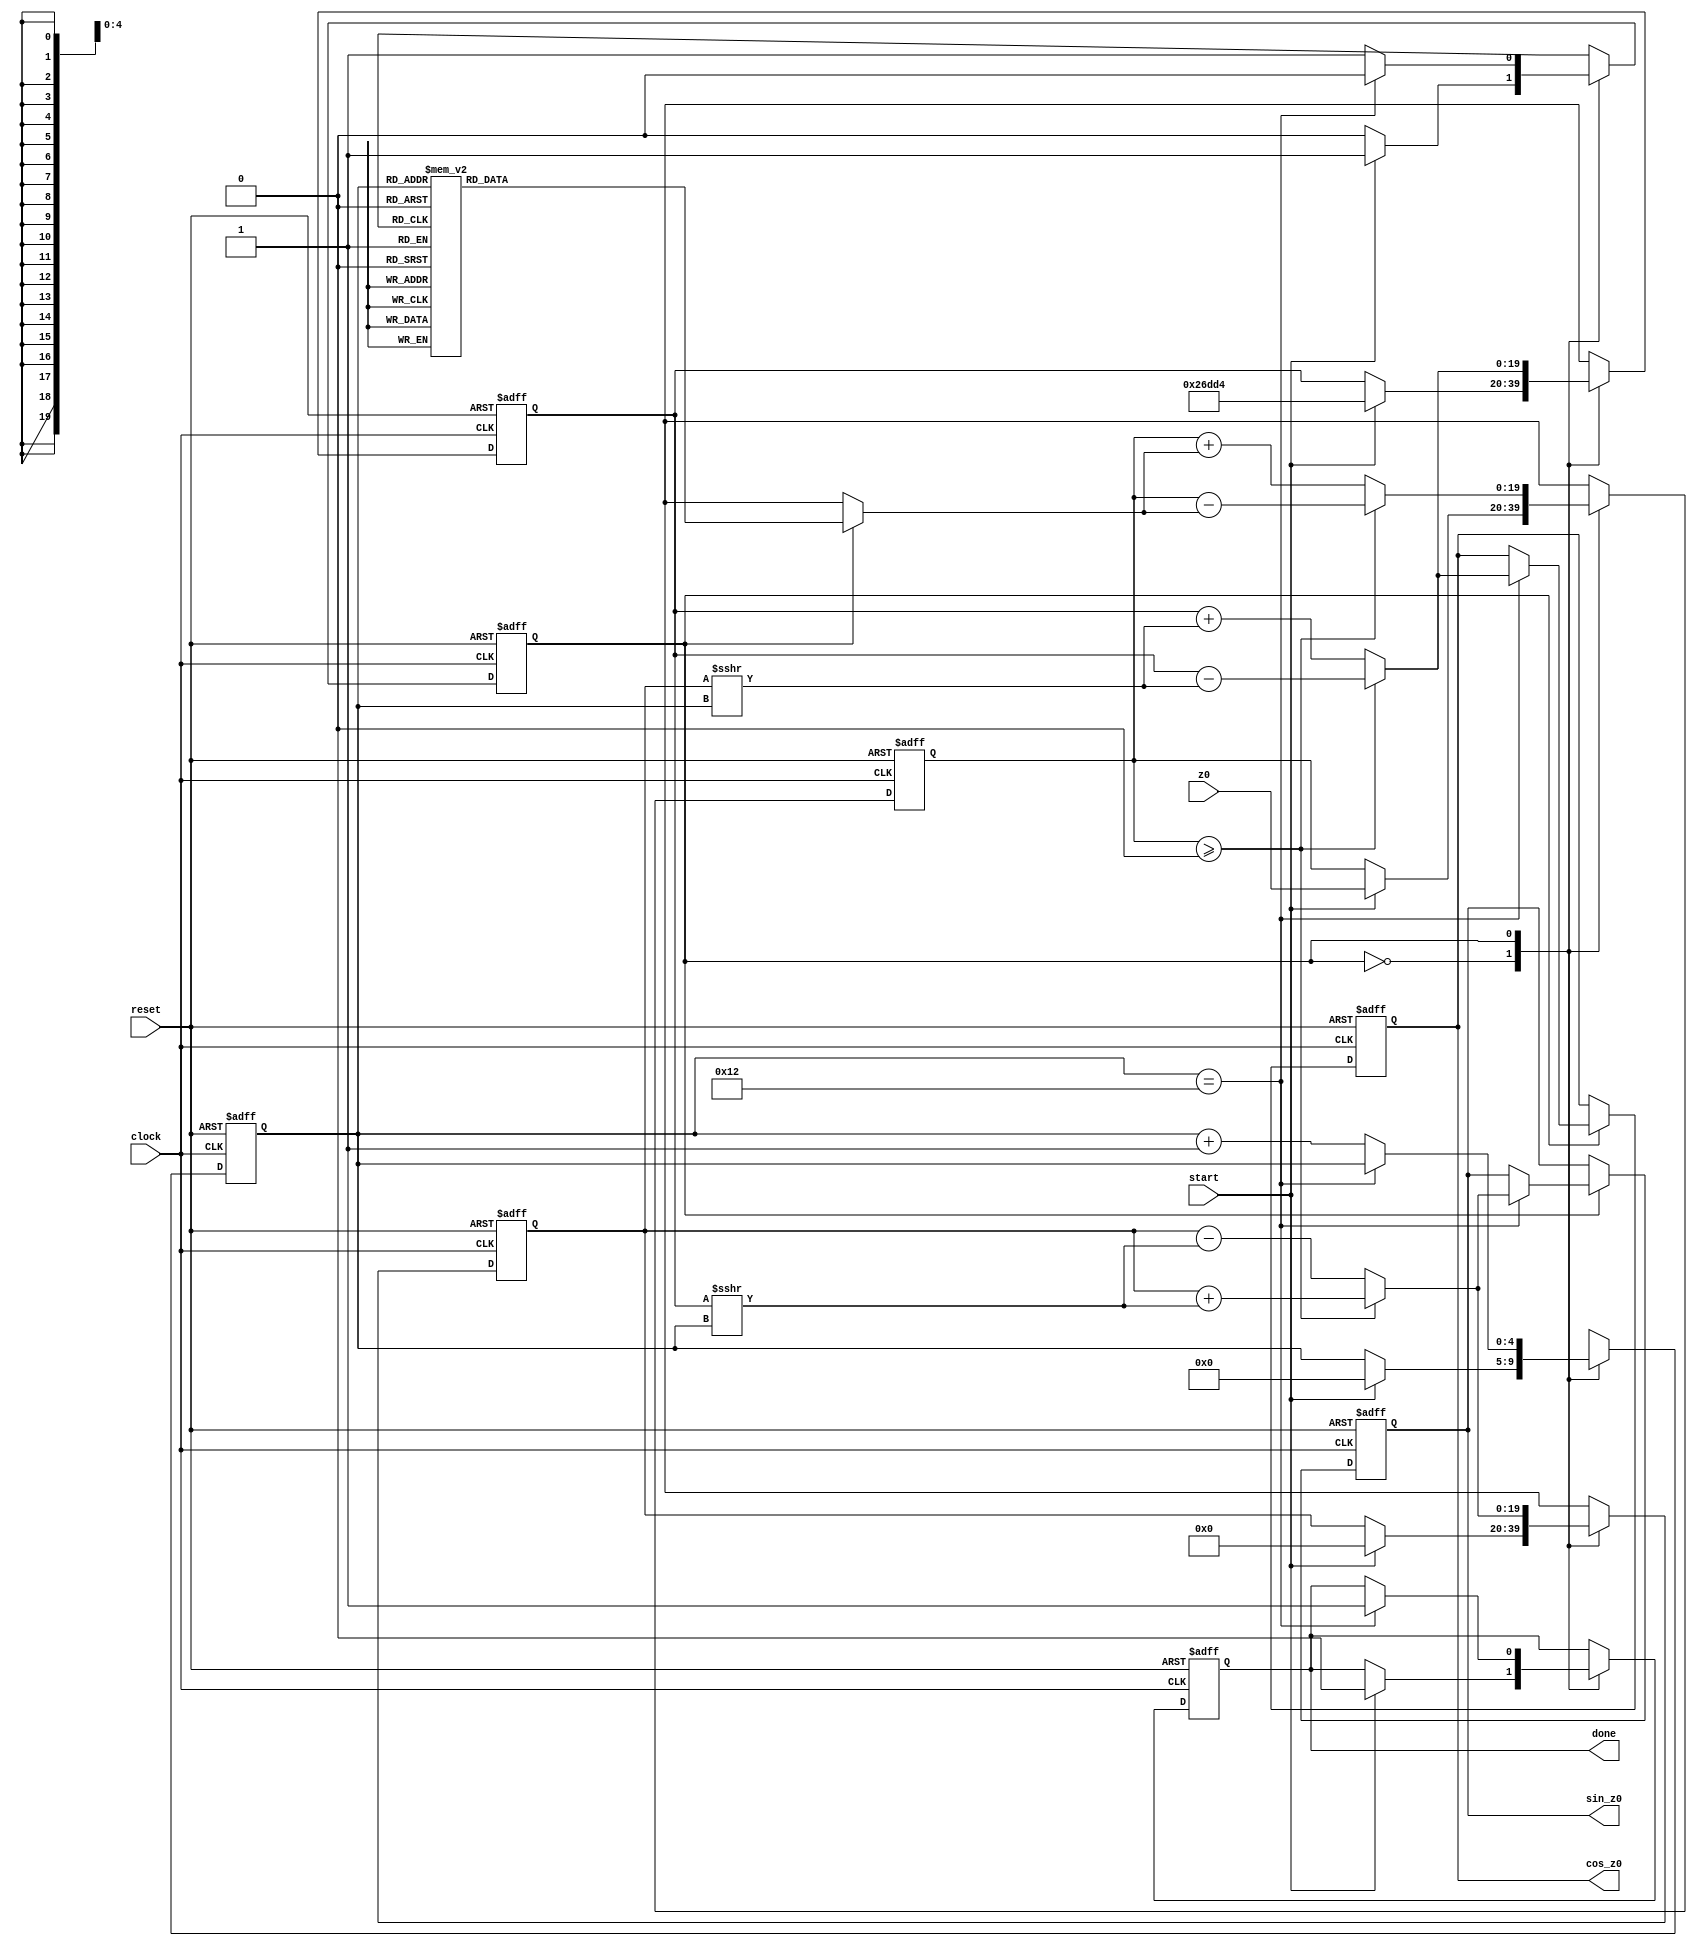
// Generated by MyHDL 0.8


module d (
    cos_z0,
    sin_z0,
    done,
    z0,
    start,
    clock,
    reset
);
// Sine and cosine computer.
//
// This module computes the sine and cosine of an input angle. The
// floating point numbers are represented as integers by scaling them
// up with a factor corresponding to the number of bits after the point.
//
// Ports:
// -----
// cos_z0: cosine of the input angle
// sin_z0: sine of the input angle
// done: output flag indicated completion of the computation
// z0: input angle
// start: input that starts the computation on a posedge
// clock: clock input
// reset: reset input

output signed [19:0] cos_z0;
reg signed [19:0] cos_z0;
output signed [19:0] sin_z0;
reg signed [19:0] sin_z0;
output done;
reg done;
input signed [19:0] z0;
input start;
input clock;
input reset;

(* gentb_constant = 1'b0 *)
wire reset;

always @(posedge clock, posedge reset) begin: DESIGN_PROCESSOR
    reg [5-1:0] i;
    reg [1-1:0] state;
    reg signed [20-1:0] dz;
    reg signed [20-1:0] dx;
    reg signed [20-1:0] dy;
    reg signed [20-1:0] y;
    reg signed [20-1:0] x;
    reg signed [20-1:0] z;
    if (reset) begin
        state = 1'b0;
        cos_z0 <= 1;
        sin_z0 <= 0;
        done <= 1'b0;
        x = 0;
        y = 0;
        z = 0;
        i = 0;
    end
    else begin
        case (state)
            1'b0: begin
                if (start) begin
                    x = 159188;
                    y = 0;
                    z = z0;
                    i = 0;
                    done <= 1'b0;
                    state = 1'b1;
                end
            end
            1'b1: begin
                dx = $signed(y >>> $signed({1'b0, i}));
                dy = $signed(x >>> $signed({1'b0, i}));
                case (i)
                    0: dz = 205887;
                    1: dz = 121542;
                    2: dz = 64220;
                    3: dz = 32599;
                    4: dz = 16363;
                    5: dz = 8189;
                    6: dz = 4096;
                    7: dz = 2048;
                    8: dz = 1024;
                    9: dz = 512;
                    10: dz = 256;
                    11: dz = 128;
                    12: dz = 64;
                    13: dz = 32;
                    14: dz = 16;
                    15: dz = 8;
                    16: dz = 4;
                    17: dz = 2;
                    default: dz = 1;
                endcase
                if ((z >= 0)) begin
                    x = x - dx;
                    y = y + dy;
                    z = z - dz;
                end
                else begin
                    x = x + dx;
                    y = y - dy;
                    z = z + dz;
                end
                if ((i == (19 - 1))) begin
                    cos_z0 <= x;
                    sin_z0 <= y;
                    state = 1'b0;
                    done <= 1'b1;
                end
                else begin
                    i = i + 1;
                end
            end
        endcase
    end
end

endmodule